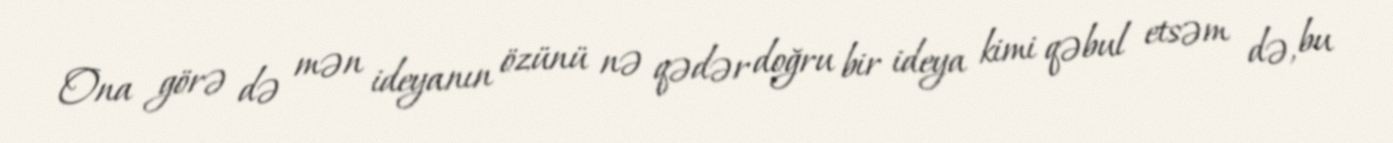
Ona görə də mən ideyanın özünü nə qədər doğru bir ideya kimi qəbul etsəm də, bu